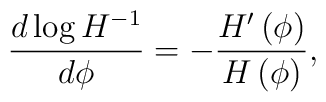
{d \log{H^{-1}} \over d \phi} = - {H'\left(\phi\right) \over H\left(\phi\right)},